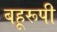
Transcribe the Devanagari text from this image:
बहूरूपी